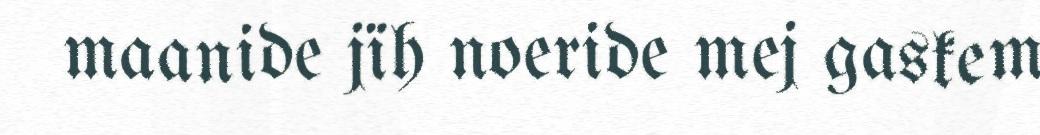
maanide jïh noeride mej gaskem